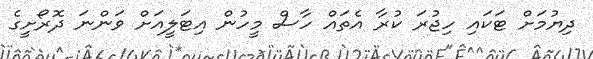
ދިޔުމަށް ޓަކައި ހިޖުރަ ކުރާ އެތައް ހާސް މީހުން އިޓަލީއަށް ވަންނަ ދޮރޯށީގެ